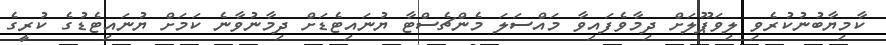
ކާމިޔާބުނުކުރެވި ލިވަޕޫލަށް ދިމާވެފައިވާ މައްސަލަ މެންޗެސްޓާ ޔުނައިޓެޑަށް ދިމާނުވާނެ ކަމަށް ޔުނައިޓެޑުގެ ކުރީގެ